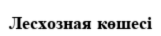
Лесхозная көшесі